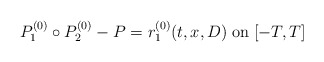
\begin{align*}P_1^{(0)}\circ P_2^{(0)}-P=r_1^{(0)}(t,x,D)\;\mbox{on}\;[-T,T]\end{align*}